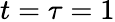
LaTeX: t=\tau=1